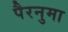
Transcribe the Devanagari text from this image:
पैरनुमा